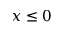
x \le 0